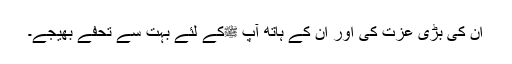
ان کی بڑی عزت کی اور ان کے ہاتھ آپ ﷺکے لئے بہت سے تحفے بھیجے۔